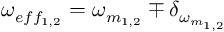
\omega _ { e f f _ { 1 , 2 } } = \omega _ { m _ { 1 , 2 } } \mp \delta _ { \omega _ { m _ { 1 , 2 } } }